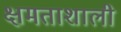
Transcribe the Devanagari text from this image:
क्षमताशाली